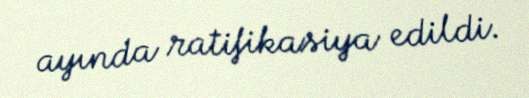
ayında ratifikasiya edildi.